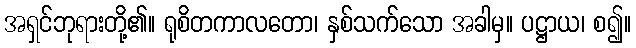
အရှင်ဘုရားတို့၏။ ရုစိတကာလတော၊ နှစ်သက်သော အခါမှ။ ပဋ္ဌာယ၊ စ၍။